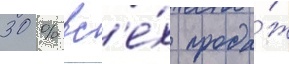
30 % вс'е́х прода́ж